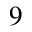
9